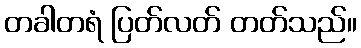
တခါတရံ ပြတ်လတ် တတ်သည်။